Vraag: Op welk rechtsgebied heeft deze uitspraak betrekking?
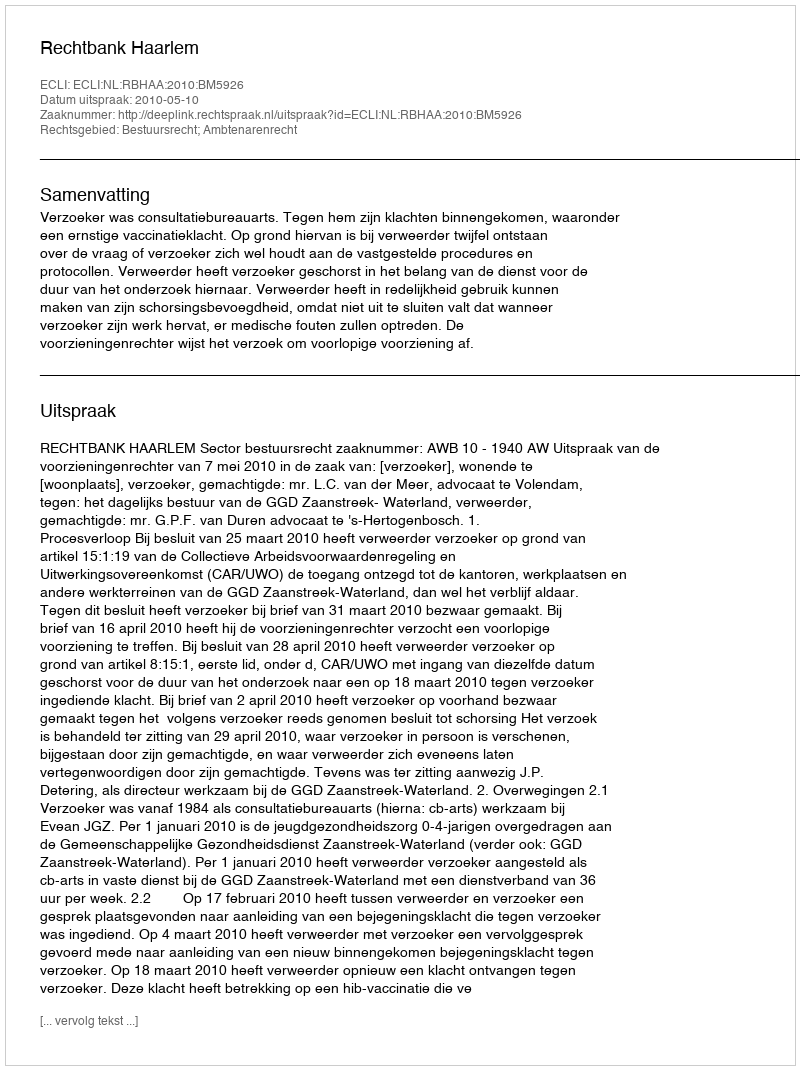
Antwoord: Bestuursrecht; Ambtenarenrecht